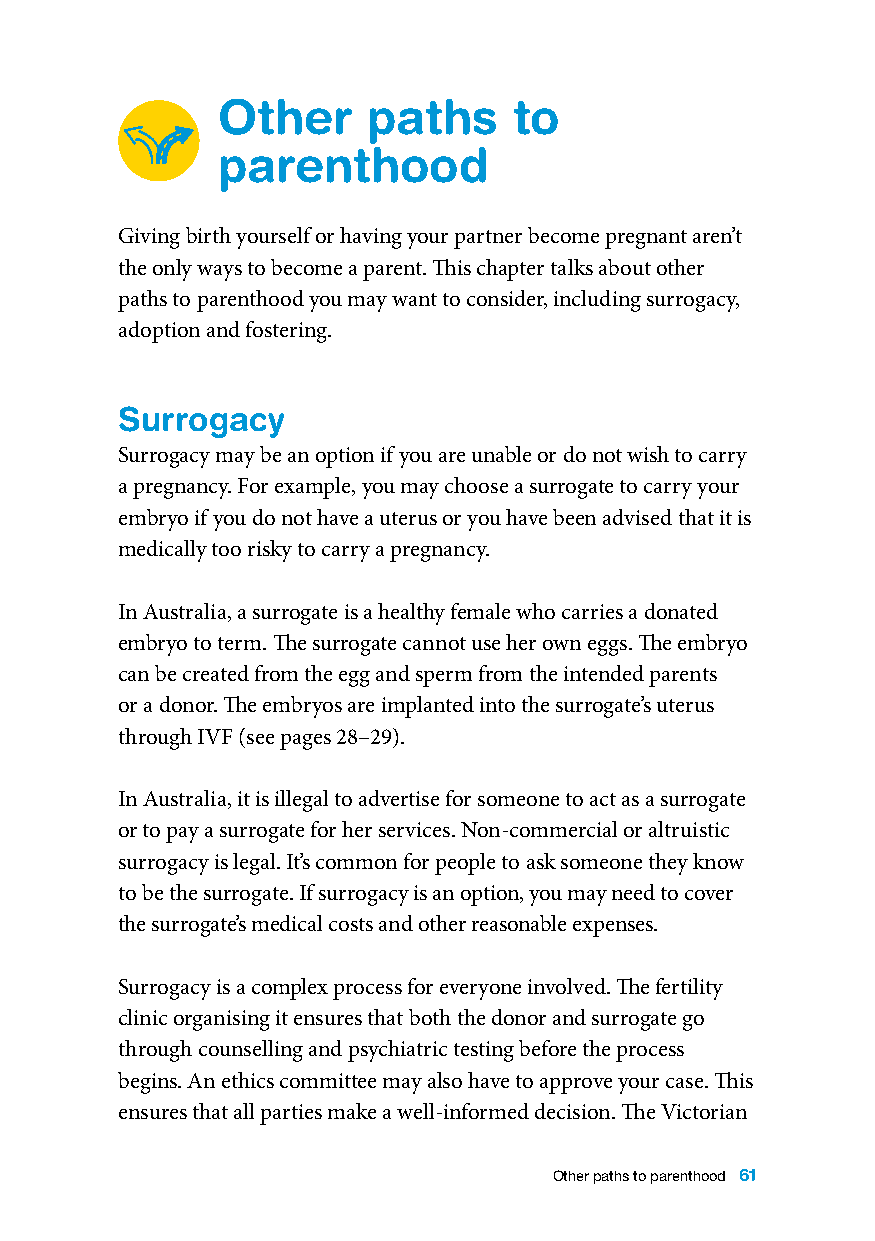
Other     paths     to
 parenthood
 Giving birth yourself or having your partner become pregnant aren’t
 the only ways to become a parent. This chapter talks about other
 paths to parenthood you may want to consider, including surrogacy,
 adoption and fostering.
 Surrogacy
 Surrogacy may be an option if you are unable or do not wish to carry
 a pregnancy. For example, you may choose a surrogate to carry your
 embryo if you do not have a uterus or you have been advised that it is
 medically too risky to carry a pregnancy.
 In Australia, a surrogate is a healthy female who carries a donated
 embryo to term. The surrogate cannot use her own eggs. The embryo
 can be created from the egg and sperm from the intended parents
 or a donor. The embryos are implanted into the surrogate’s uterus
 through IVF (see pages 28–29).
 In Australia, it is illegal to advertise for someone to act as a surrogate
 or to pay a surrogate for her services. Non-commercial or altruistic
 surrogacy is legal. It’s common for people to ask someone they know
 to be the surrogate. If surrogacy is an option, you may need to cover
 the surrogate’s medical costs and other reasonable expenses.
 Surrogacy is a complex process for everyone involved. The fertility
 clinic organising it ensures that both the donor and surrogate go
 through counselling and psychiatric testing before the process
 begins. An ethics committee may also have to approve your case. This
 ensures that all parties make a well-informed decision. The Victorian
 Other paths to parenthood 61